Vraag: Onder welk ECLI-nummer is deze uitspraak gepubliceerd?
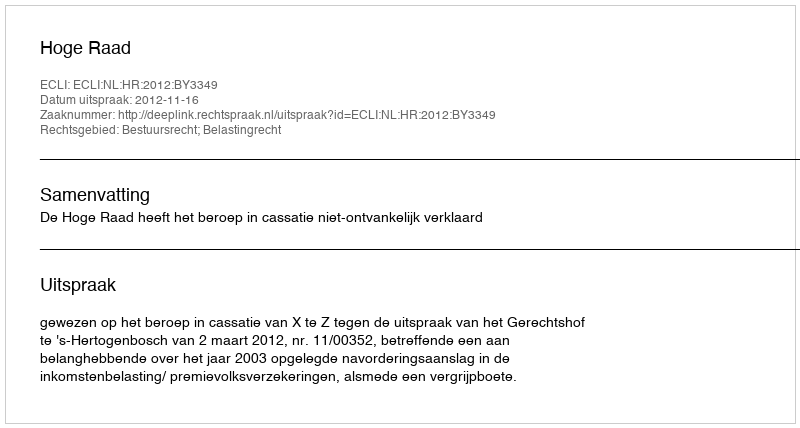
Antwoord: ECLI:NL:HR:2012:BY3349